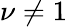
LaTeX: \nu\ne 1